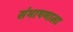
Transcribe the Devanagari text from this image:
संभाषणाला